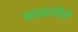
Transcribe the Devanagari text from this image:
आठवणीने